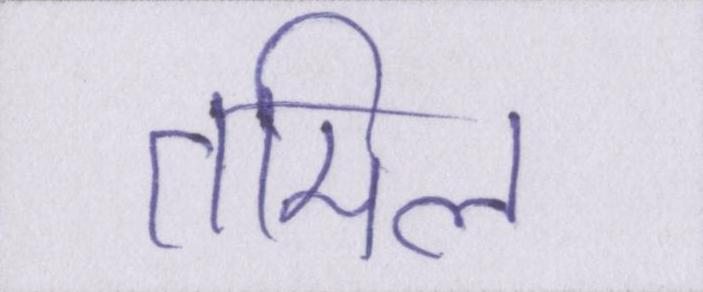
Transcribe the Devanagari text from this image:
तमिल